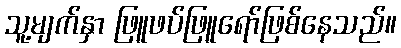
သူ့မျက်နှာ ဖြူဖပ်ဖြူရော်ဖြစ်နေသည်။